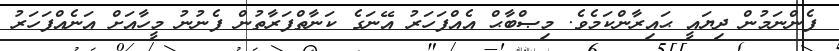
ފެންނަމުން ދިޔައީ ޙައިރާންކަމެވެ. މިޞްބާޙް އެއްފަހަރު އޭނަގެ ކަނާތްފަރާތުން ފެނުނު މީހާއަށް އަނެއްފަހަރު